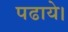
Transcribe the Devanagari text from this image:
पढाये।